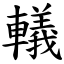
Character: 轙